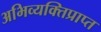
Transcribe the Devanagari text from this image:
अभिव्यक्तिप्राप्त